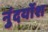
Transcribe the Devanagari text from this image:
नुंदर्योश